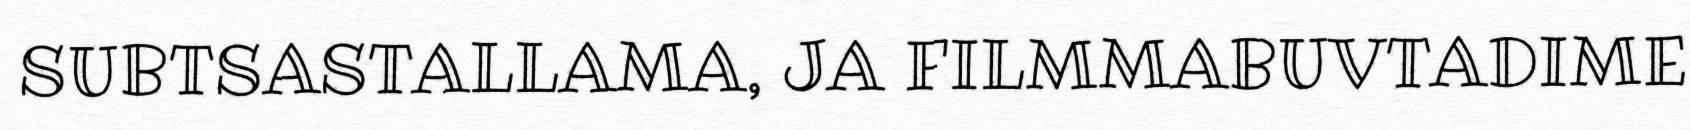
SUBTSASTALLAMA, JA FILMMABUVTADIME